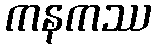
ကနကဿ